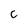
Character: C